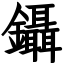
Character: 鑷